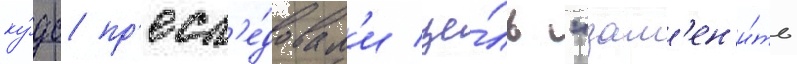
ку́дс пр'есл'е́довал'и це́ль "зам'ен'и́ть